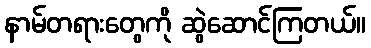
နာမ်တရားတွေကို ဆွဲဆောင်ကြတယ်။